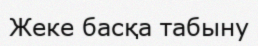
Жеке басқа табыну